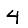
Digit: 4